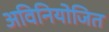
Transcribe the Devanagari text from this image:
अविनियोजित